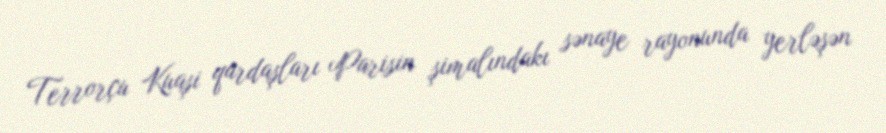
Terrorçu Kuaşi qardaşları Parisin şimalındakı sənaye rayonunda yerləşən